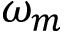
\omega _ { m }